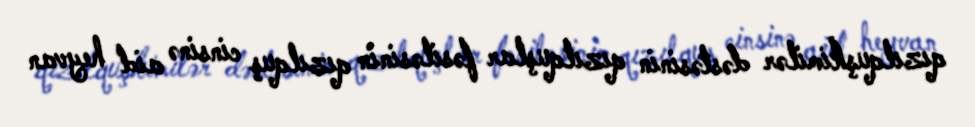
qızılquşkimilər dəstəsinin qızılquşlar fəsiləsinin qızılquş cinsinə aid heyvan